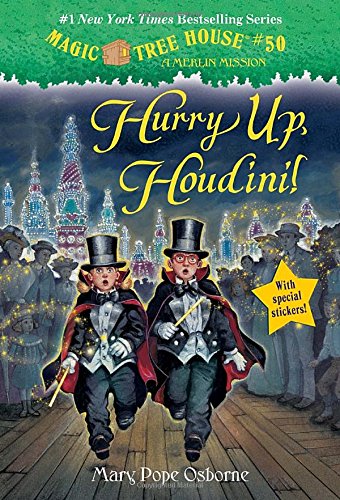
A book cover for Magic Tree House #50: Hurry Up, Houdini! (A Stepping Stone Book(TM)); Mary Pope Osborne; Children's Books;